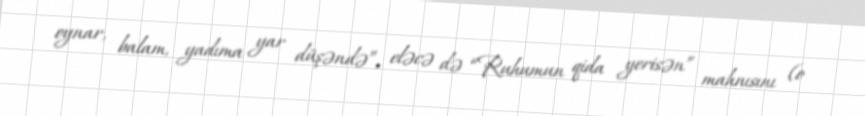
oynar, balam, yadıma yar düşəndə”, eləcə də “Ruhumun qida yerisən” mahnısını (o